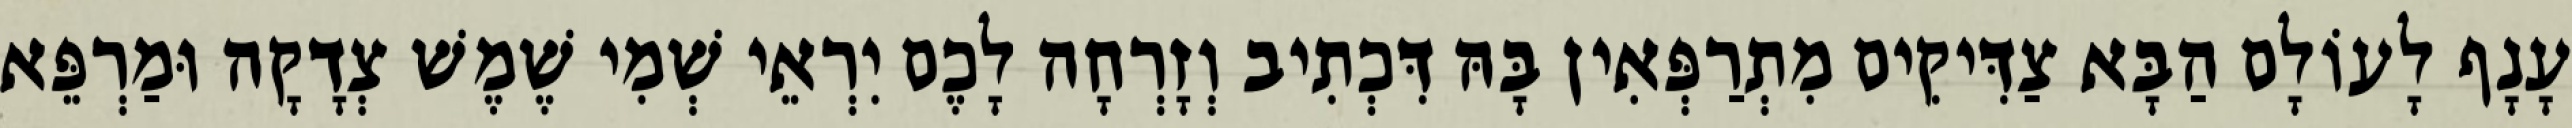
עָנָף לָעוֹלָם הַבָּא צַדִּיקִים מִתְרַפְּאִין בָּהּ דִּכְתִיב וְזָרְחָה לָכֶם יִרְאֵי שְׁמִי שֶׁמֶשׁ צְדָקָה וּמַרְפֵּא